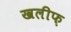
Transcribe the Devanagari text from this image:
खलीफ़